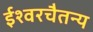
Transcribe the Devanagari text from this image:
ईश्वरचैतन्य